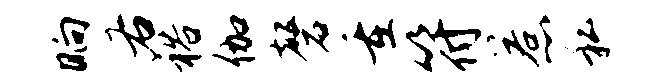
晌右裕伽磬重符惹私